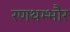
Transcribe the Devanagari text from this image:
रणथम्‍भौर